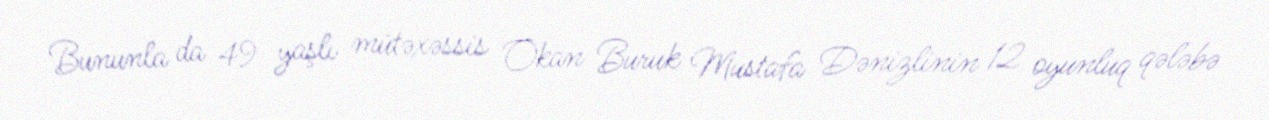
Bununla da 49 yaşlı mütəxəssis Okan Buruk Mustafa Dənizlinin 12 oyunluq qələbə